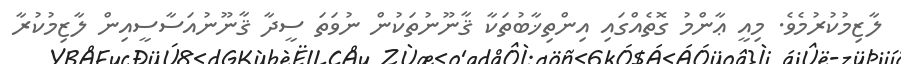
ލާޒިމުކުރުމެވެ. މިއީ ޢާންމު ގޮތެއްގައި އިންތިޚާބުތަކާ ޤާނޫނުތަކުން ނުވަތަ ސީދާ ޤާނޫނުއަސާސީއިން ލާޒިމުކުރާ